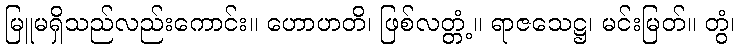
မြူမရှိသည်လည်းကောင်း။ ဟောဟတိ၊ ဖြစ်လတ္တံ့။ ရာဇသေဋ္ဌ၊ မင်းမြတ်။ တွံ၊